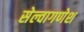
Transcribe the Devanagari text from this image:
सेल्वागणेश